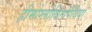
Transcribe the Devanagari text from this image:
हीमोग्लोबिनोपैथियां